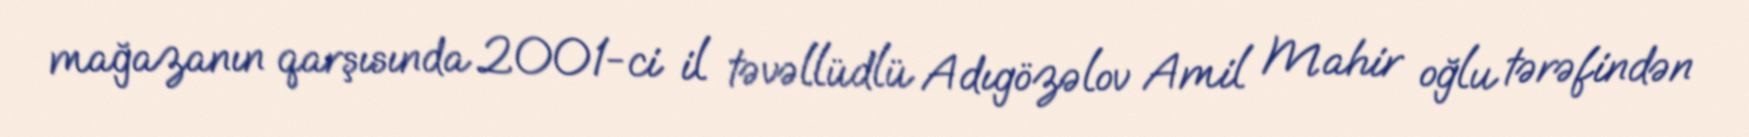
mağazanın qarşısında 2001-ci il təvəllüdlü Adıgözəlov Amil Mahir oğlu tərəfindən